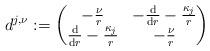
LaTeX: \begin{align*} d^{j,\nu}:=\begin{pmatrix} -\frac{\nu}{r} & -\frac{\mathrm{d}}{\mathrm{d}r}-\frac{\kappa_j}{r} \\ \frac{\mathrm{d}}{\mathrm{d}r}-\frac{\kappa_j}{r} & -\frac{\nu}{r} \end{pmatrix}\end{align*}